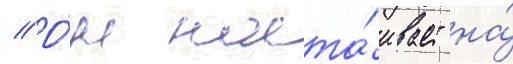
// О́н наста́ивает на́